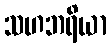
သဟဘရိယာ